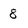
Character: 8